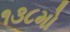
૧૩૮મો